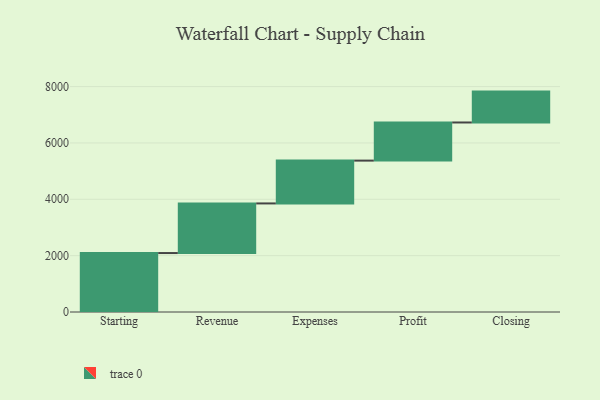
{"axis": {"x": "Step", "y": "Value"}, "legend": [""], "data": [{"x": "Starting", "y": 2092.0, "type": ""}, {"x": "Revenue", "y": 1761.0, "type": ""}, {"x": "Expenses", "y": 1520.0, "type": ""}, {"x": "Profit", "y": 1353.0, "type": ""}, {"x": "Closing", "y": 1096.0, "type": ""}]}